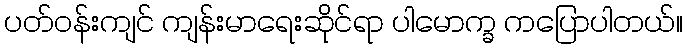
ပတ်ဝန်းကျင် ကျန်းမာရေးဆိုင်ရာ ပါမောက္ခ ကပြောပါတယ်။